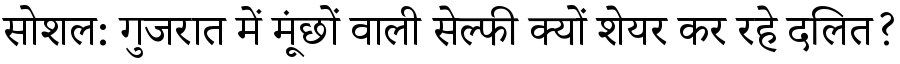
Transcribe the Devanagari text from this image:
सोशल: गुजरात में मूंछों वाली सेल्फी क्यों शेयर कर रहे दलित?